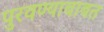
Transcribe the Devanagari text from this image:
पुरवण्याबाबत